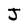
Character: J